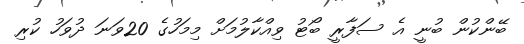
ބޭންކުން ބުނީ އެ ސަފާރީ ބޯޓު ވިއްކާލުމަށް މިމަހުގެ 20ވަނަ ދުވަހު ކުރި